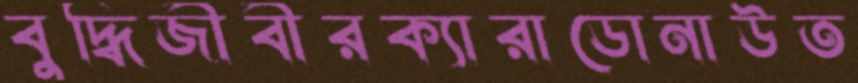
বুদ্ধিজীবীরক্যারাডোনাউত